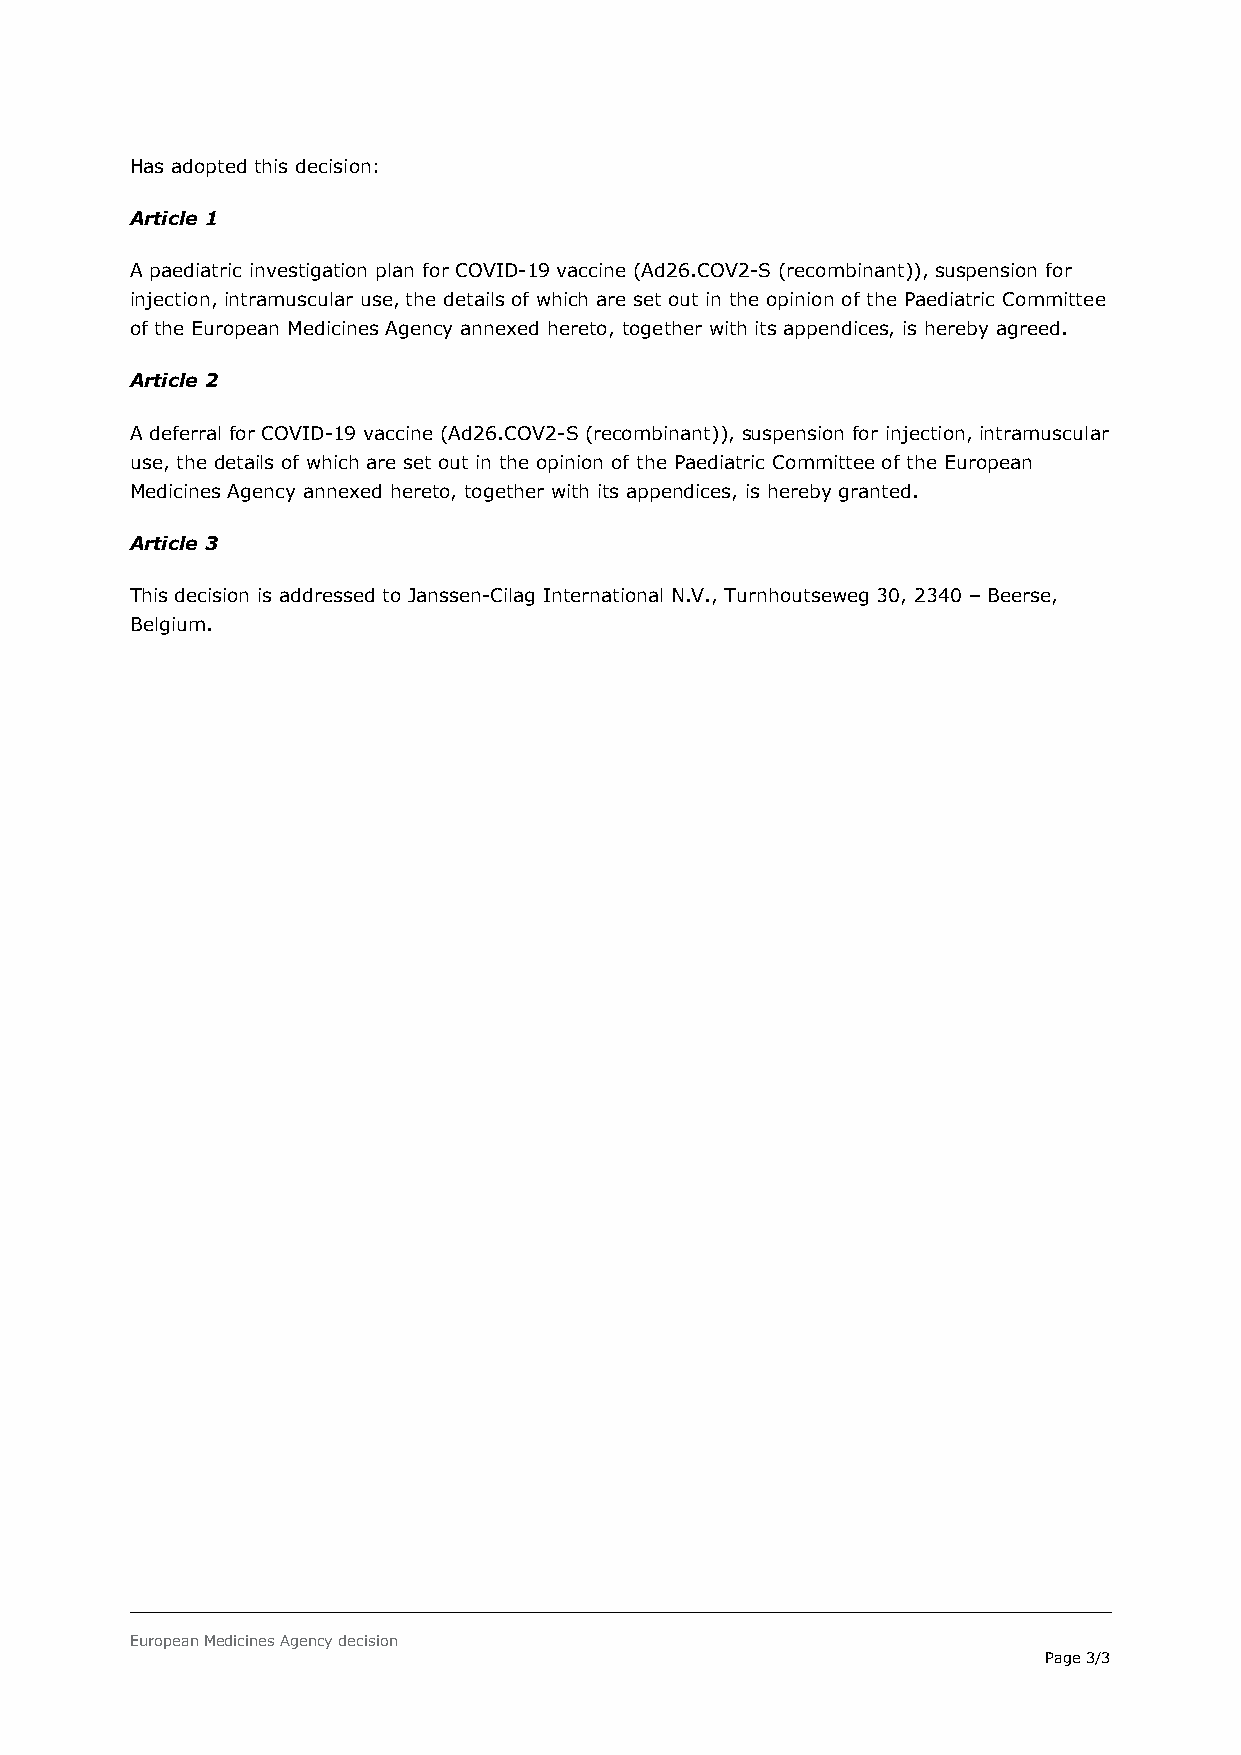
Has adopted this decision:
 Article 1
 A paediatric investigation plan for COVID-19 vaccine (Ad26.COV2-S (recombinant)), suspension for
 injection, intramuscular use, the details of which are set out in the opinion of the Paediatric Committee
 of the European Medicines Agency annexed hereto, together with its appendices, is hereby agreed.
 Article 2
 A deferral for COVID-19 vaccine (Ad26.COV2-S (recombinant)), suspension for injection, intramuscular
 use, the details of which are set out in the opinion of the Paediatric Committee of the European
 Medicines Agency annexed hereto, together with its appendices, is hereby granted.
 Article 3
 This decision is addressed to Janssen-Cilag International N.V., Turnhoutseweg 30, 2340 – Beerse,
 Belgium.
 European Medicines Agency decision
 Page 3/3